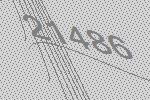
21486